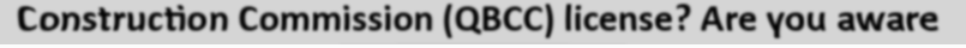
Construction Commission (QBCC) license? Are you aware